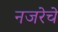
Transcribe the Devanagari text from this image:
नजरेचे